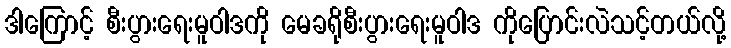
ဒါကြောင့် စီးပွားရေးမူဝါဒကို မေခရိုစီးပွားရေးမူဝါဒ ကိုပြောင်းလဲသင့်တယ်လို့